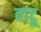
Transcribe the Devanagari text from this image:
वांटू